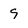
Character: 9